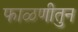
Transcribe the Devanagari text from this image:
फाळणीतुन